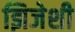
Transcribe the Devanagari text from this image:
झिजेशी